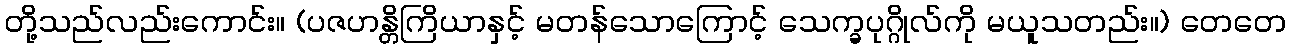
တို့သည်လည်းကောင်း။ (ပဇဟန္တိကြိယာနှင့် မတန်သောကြောင့် သေက္ခပုဂ္ဂိုလ်ကို မယူသတည်း။) တေတေ